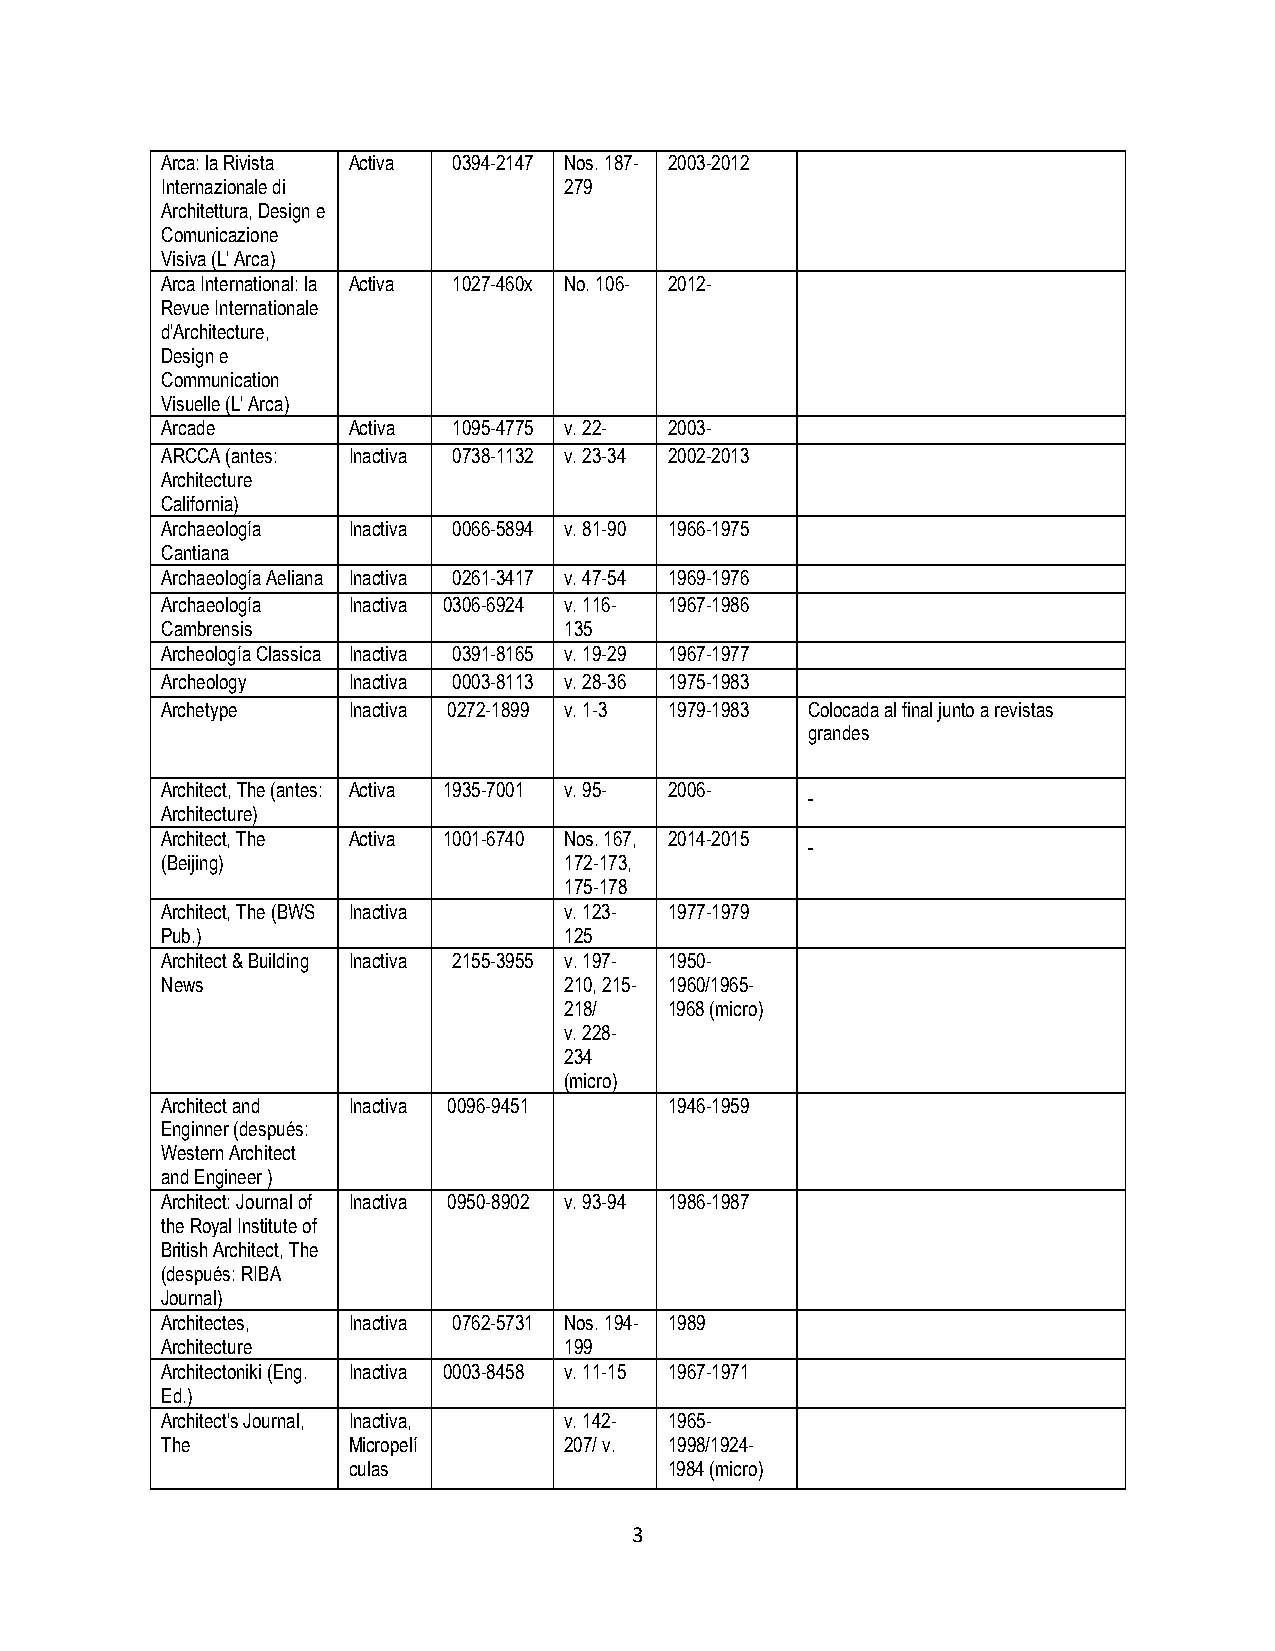
Arca: la Rivista Activa 0394-2147 Nos. 187- 2003-2012
 Internazionale di         279
 Architettura, Design e
 Comunicazione
 Visiva (L' Arca)
 Arca International: la Activa 1027-460x No. 106- 2012-
 Revue Internationale
 d'Architecture,
 Design e
 Communication
 Visuelle (L' Arca)
 Arcade      Activa 1095-4775 v. 22- 2003-
 ARCCA (antes: Inactiva 0738-1132 v. 23-34 2002-2013
 Architecture
 California)
 Archaeología Inactiva 0066-5894 v. 81-90 1966-1975
 Cantiana
 Archaeología Aeliana Inactiva 0261-3417 v. 47-54 1969-1976
 Archaeología Inactiva 0306-6924 v. 116- 1967-1986
 Cambrensis                135
 Archeología Classica Inactiva 0391-8165 v. 19-29 1967-1977
 Archeology  Inactiva 0003-8113 v. 28-36 1975-1983
 Archetype   Inactiva 0272-1899 v. 1-3 1979-1983 Colocada al final junto a revistas
 grandes
 Architect, The (antes: Activa 1935-7001 v. 95- 2006-
 Architecture)
 Architect, The Activa 1001-6740 Nos. 167, 2014-2015
 (Beijing)                 172-173,
 175-178
 Architect, The (BWS Inactiva v. 123- 1977-1979
 Pub.)                     125
 Architect & Building Inactiva 2155-3955 v. 197- 1950-
 News                      210, 215- 1960/1965-
 218/   1968 (micro)
 v. 228-
 234
 (micro)
 Architect and Inactiva 0096-9451 1946-1959
 Enginner (después:
 Western Architect
 and Engineer )
 Architect: Journal of Inactiva 0950-8902 v. 93-94 1986-1987
 the Royal Institute of
 British Architect, The
 (después: RIBA
 Journal)
 Architectes, Inactiva 0762-5731 Nos. 194- 1989
 Architecture              199
 Architectoniki (Eng. Inactiva 0003-8458 v. 11-15 1967-1971
 Ed.)
 Architect's Journal, Inactiva, v. 142- 1965-
 The         Micropelí     207/ v. 1998/1924-
 culas                1984 (micro)
 3